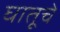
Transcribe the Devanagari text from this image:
घातूचे